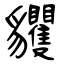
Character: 貜